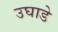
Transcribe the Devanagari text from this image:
उघाडे